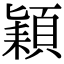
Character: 𮨍